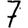
Digit: 7